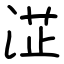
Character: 淽